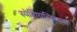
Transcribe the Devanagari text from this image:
स्पेशियलिस्टस